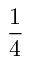
\frac 1 4